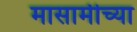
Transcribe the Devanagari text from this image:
मासामीच्या